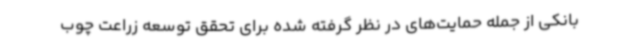
بانکی از جمله حمایت‌های در نظر گرفته شده برای تحقق توسعه زراعت چوب